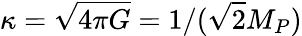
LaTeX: \kappa=\sqrt{4\pi G}=1/(\sqrt{2}M_{P})